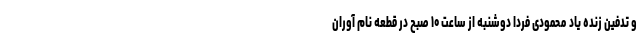
و تدفین زنده یاد محمودی فردا دوشنبه از ساعت ۱۰ صبح در قطعه نام آوران